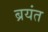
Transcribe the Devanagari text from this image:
ब्रयंत